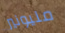
مليونير